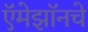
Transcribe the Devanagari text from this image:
ऍमेझॉनचे